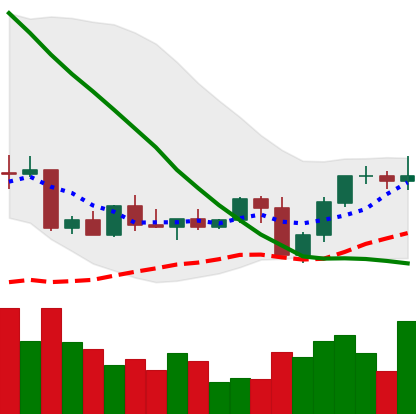
Ticker: NEO-USD
Chart end date: 2022-09-12
Forward return: -8.116%
Label: down_7plus